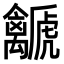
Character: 𧈛